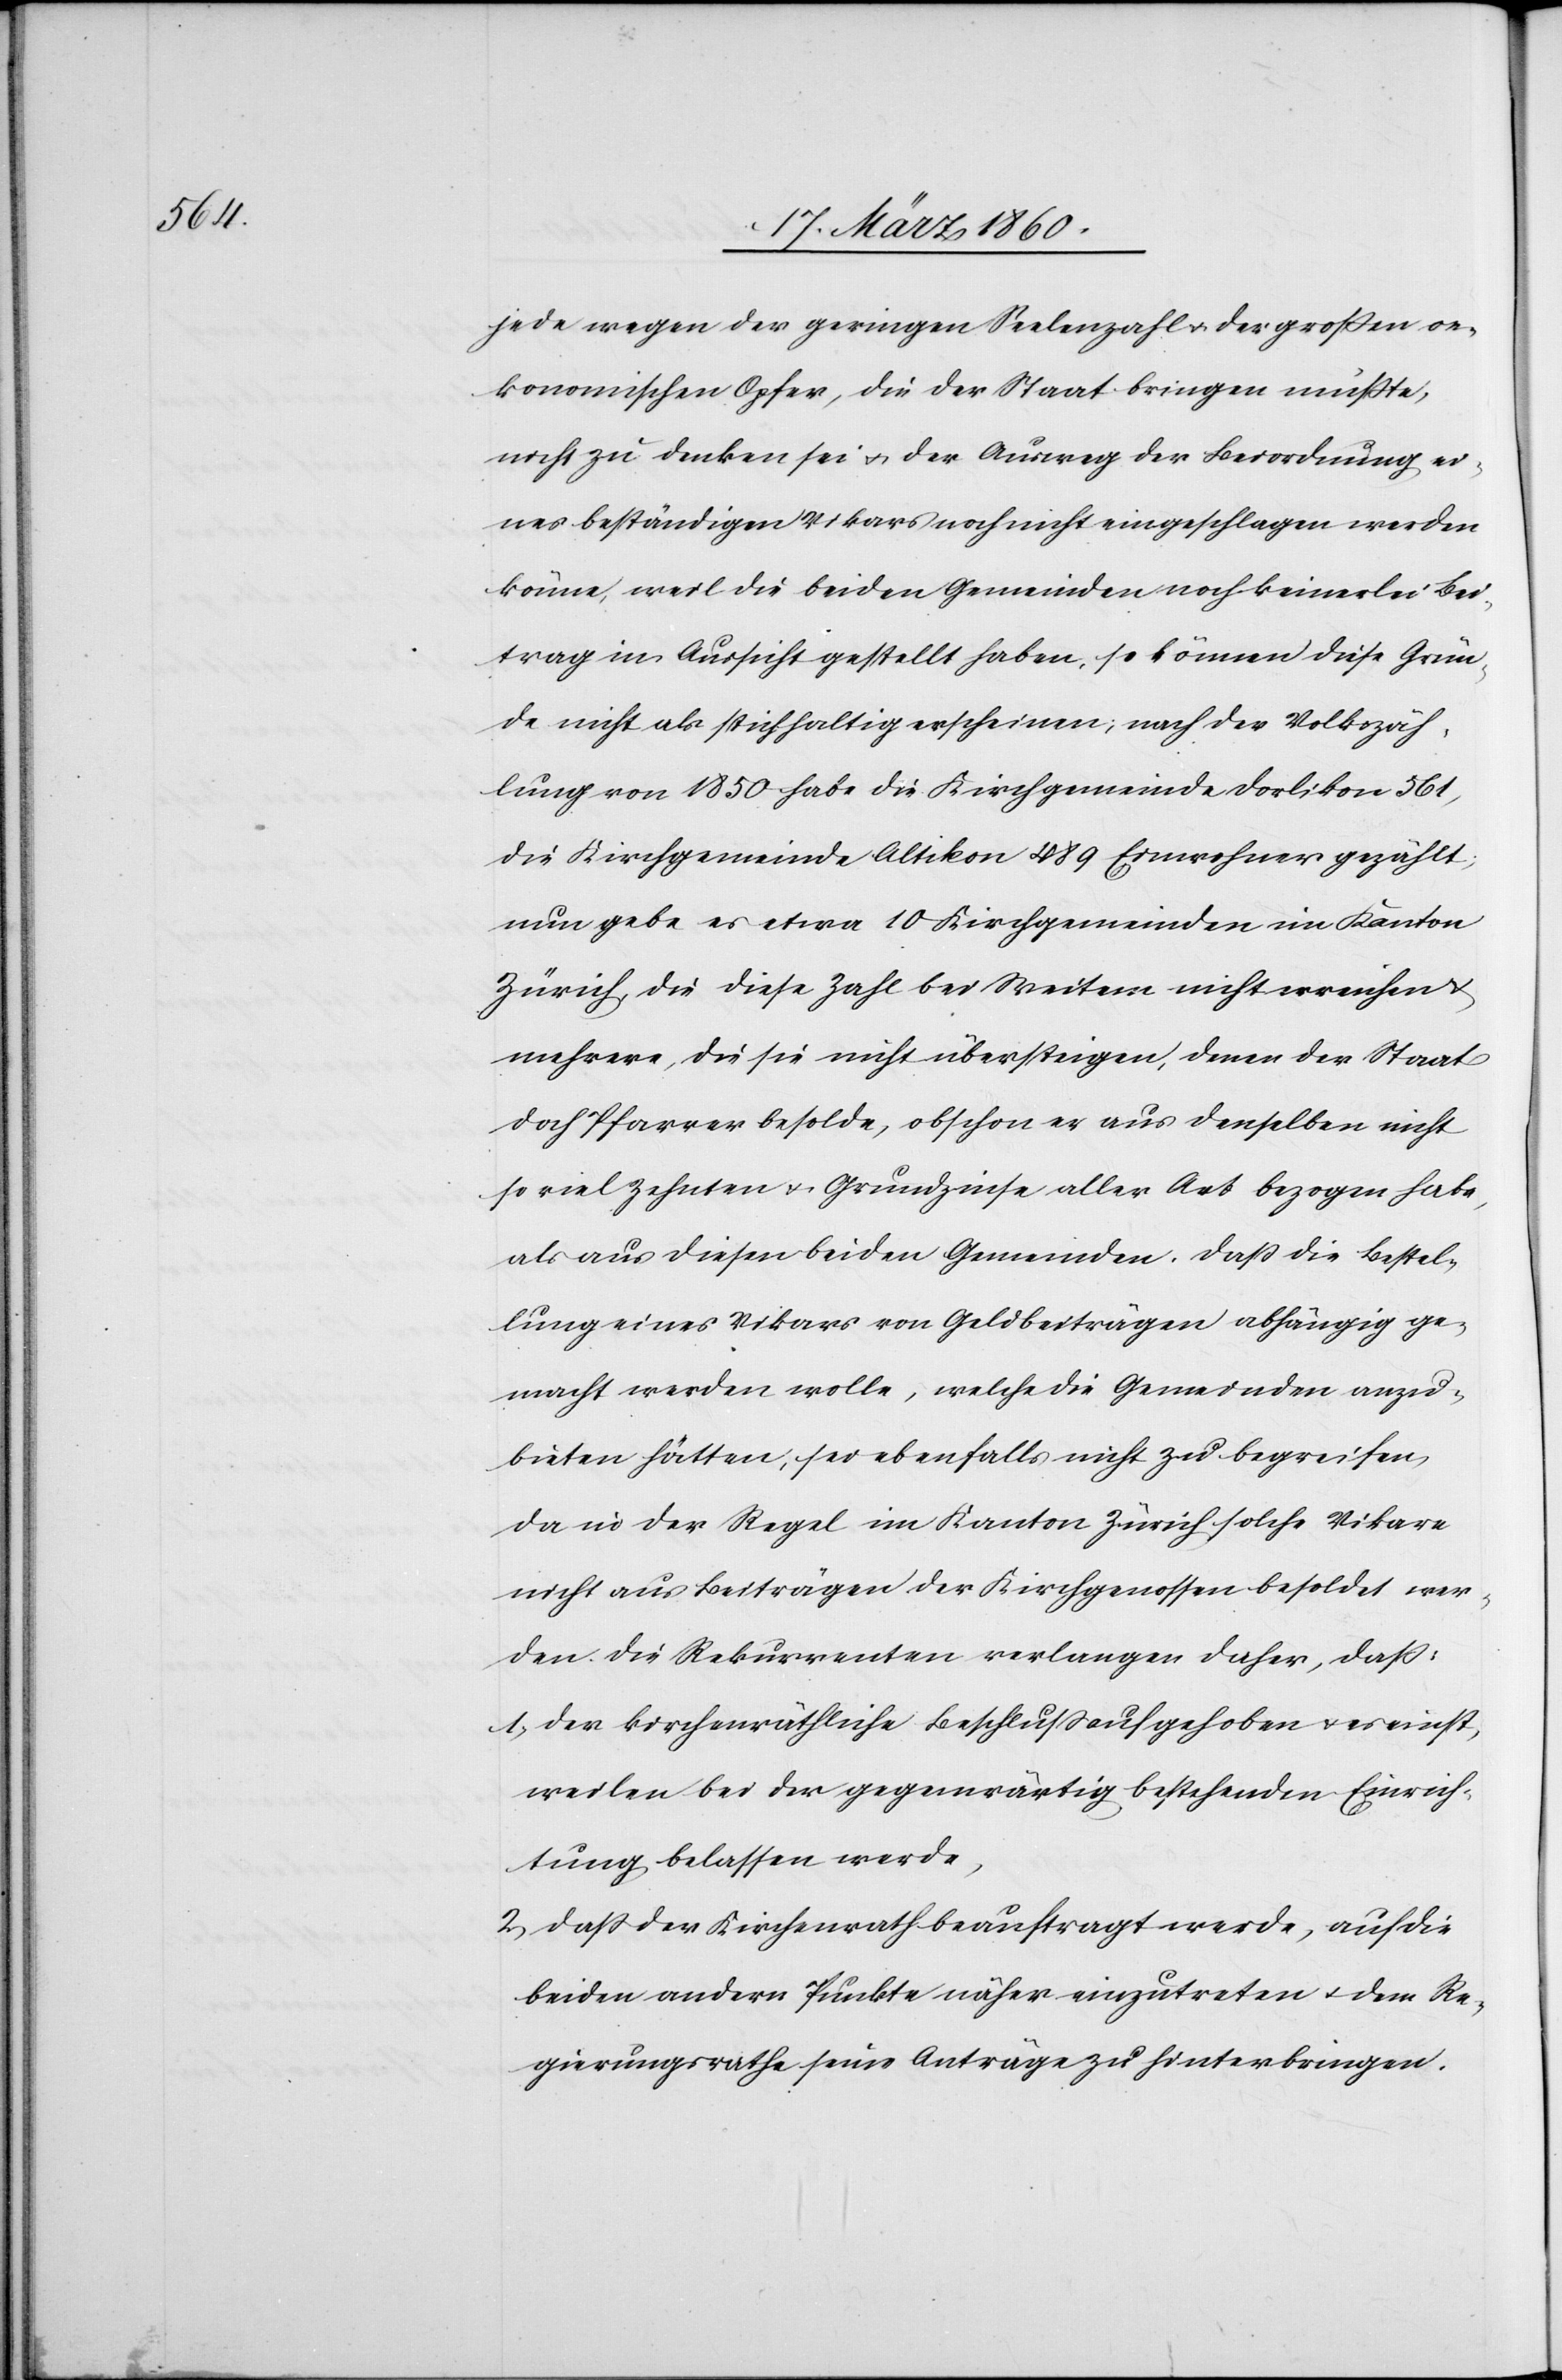
jede wegen der geringen Seelenzahl u. der grossen oe¬
konomischen Opfer, die der Staat bringen musste,
nicht zu decken sei u. der Ausweg der Beiordnung ei¬
nes beständigen Vikars noch nicht eingeschlagen werden
könne, weil die beiden Gemeinden noch keinerlei Bei¬
trag in Aussicht gestellt haben, so können diese Grün¬
de nicht als stichhaltig erscheinen; nach der Volkszäh¬
lung von 1850 habe die Kirchgemeinde Dorlikon 561,
die Kirchgemeinde Altikon 489 Einwohner gezählt,
nun gebe es etwa 10 Kirchgemeinden im Kanton
Zürich, die diese Zahl bei Weitem nicht erreichen u.
mehrere, die sie nicht übersteigen, denen der Staat
doch Pfarrer besolde, obschon er aus denselben nicht
so viel Zehnten u. Grundzinse aller Art bezogen habe,
als aus diesen beiden Gemeinden. Dass die Bestel¬
lung eines Vikars von Geldbeiträgen abhängig ge¬
macht werden wolle, welche die Gemeinden anzu¬
bieten hätten, sei ebenfalls nicht zu begreifen,
da in der Regel im Kanton Zürich solche Vikare
nicht aus Beiträgen der Kirchgenossen besoldet wer¬
den. Die Rekurrenten verlangen daher, dass:
1. Der kirchenräthliche Beschluss aufgehoben u. es einst¬
weilen bei der gegenwärtig bestehenden Einrich¬
tung belassen werde,
2. Dass der Kirchenrath beauftragt werde, auf die
beiden andern Punkte näher einzutreten u. dem Re¬
gierungsrathe seine Anträge zu hinterbringen.